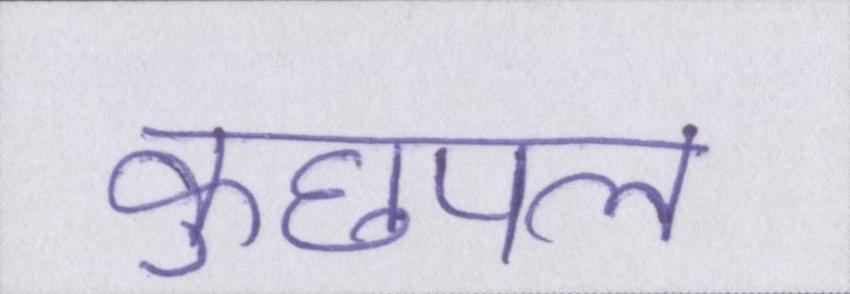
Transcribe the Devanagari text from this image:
कुछपल